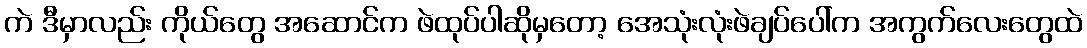
ကဲ ဒီမှာလည်း ကိုယ်တွေ အဆောင်က ဖဲထုပ်ပါဆိုမှတော့ အေသုံးလုံးဖဲချပ်ပေါ်က အကွက်လေးတွေထဲ